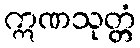
ဣဏသုတ္တံ